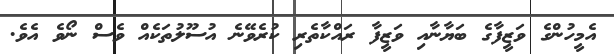
އެމީހުންގެ ވަޒީފާގެ ބަޔާނާއި ވަޒީފާ ރައްކާތެރި ކުރެވޭނެ އުސޫލުތަކެއް ވެސް ނޯވެ އެވެ.